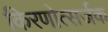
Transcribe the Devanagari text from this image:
किरणोत्सर्जक